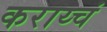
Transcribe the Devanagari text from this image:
कराय्चं